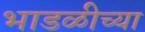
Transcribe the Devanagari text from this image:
भाडळीच्या